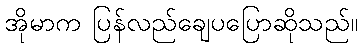
အိုမာက ပြန်လည်ချေပပြောဆိုသည်။